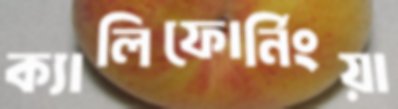
ক্যালিফোর্নিংয়া